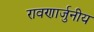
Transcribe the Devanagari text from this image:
रावणार्जुनीय